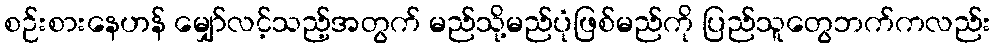
စဉ်းစားနေဟန် မျှော်လင့်သည့်အတွက် မည်သို့မည်ပုံဖြစ်မည်ကို ပြည်သူတွေဘက်ကလည်း